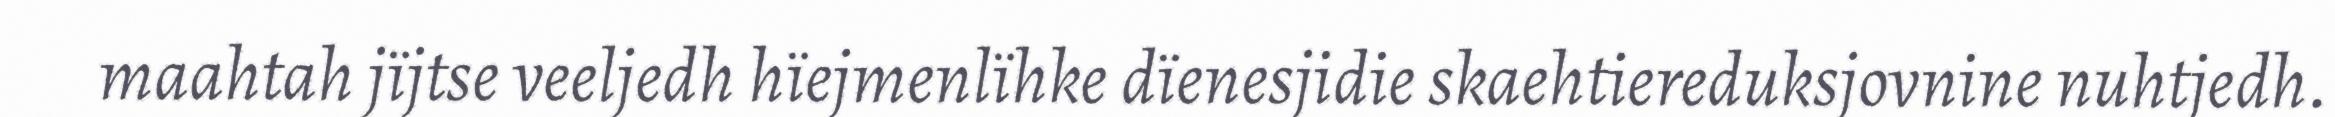
maahtah jïjtse veeljedh hïejmenlïhke dïenesjidie skaehtiereduksjovnine nuhtjedh.